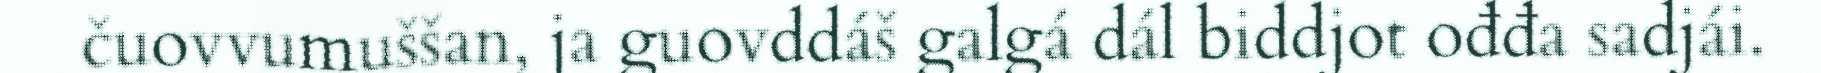
čuovvumuššan, ja guovddáš galgá dál biddjot ođđa sadjái.